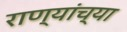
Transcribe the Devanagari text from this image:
राण्यांच्या